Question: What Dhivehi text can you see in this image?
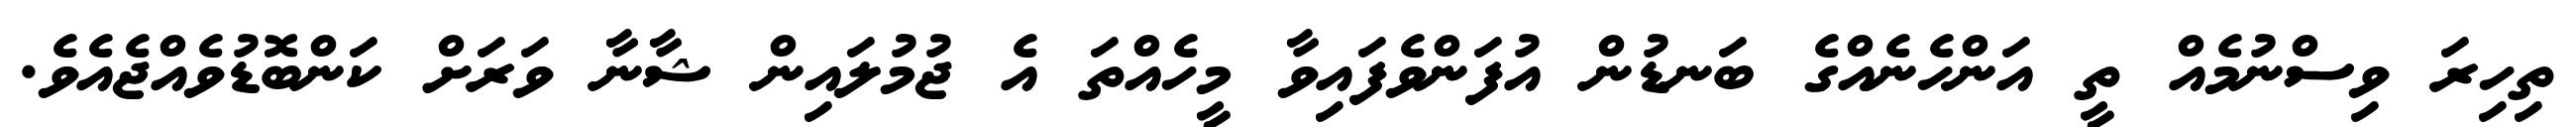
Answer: ތިހިރަ ވިސްނުމެއް ތީ އަންހެނެއްގެ ބަނޑުން އުފަންވެފައިވާ މީހެއްތަ އެ ޖުމުލައިން ޝާނާ ވަރަށް ކަންބޮޑުވެއްޖެއެވެ.